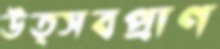
উত্সবপ্রাণ